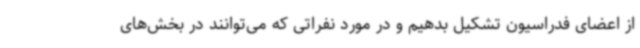
از اعضای فدراسیون تشکیل بدهیم و در مورد نفراتی که می‌توانند در بخش‌های